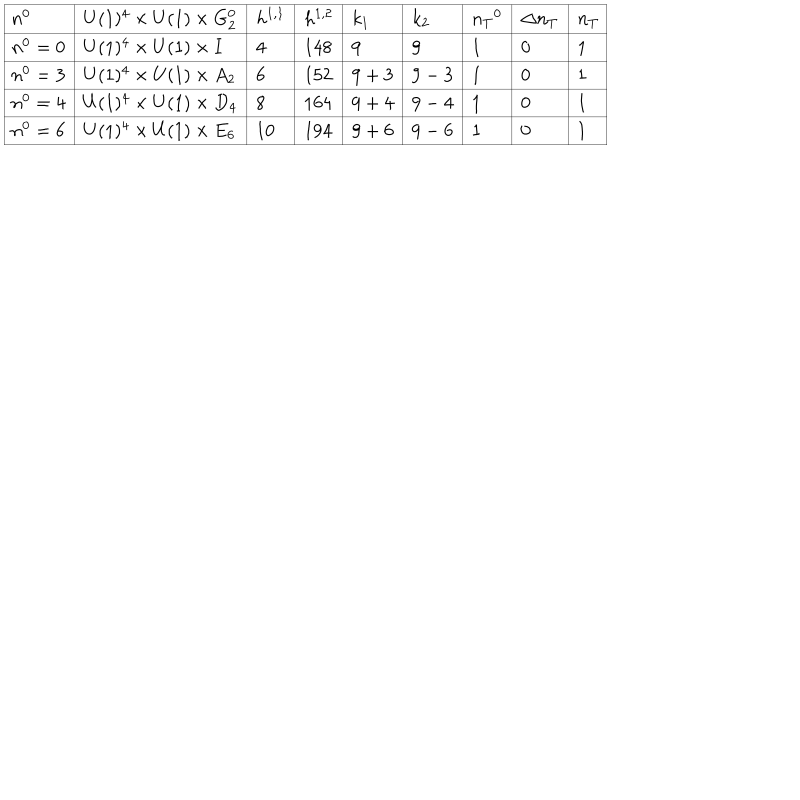
\begin{array} { | l | l | l | l | l | l | l | l | l | } \hline { { n ^ { 0 } } } & { { U ( 1 ) ^ { 4 } \times U ( 1 ) \times G _ { 2 } ^ { 0 } } } & { { h ^ { 1 , 1 } } } & { { h ^ { 1 , 2 } } } & { { k _ { 1 } } } & { { k _ { 2 } } } & { { { n _ { T } } ^ { 0 } } } & { { \Delta n _ { T } } } & { { n _ { T } } } \\ \hline { { n ^ { 0 } = 0 } } & { { U ( 1 ) ^ { 4 } \times U ( 1 ) \times I } } & { { 4 } } & { { 1 4 8 } } & { { 9 } } & { { 9 } } & { { 1 } } & { { 0 } } & { { 1 } } \\ \hline { { n ^ { 0 } = 3 } } & { { U ( 1 ) ^ { 4 } \times U ( 1 ) \times A _ { 2 } } } & { { 6 } } & { { 1 5 2 } } & { { 9 + 3 } } & { { 9 - 3 } } & { { 1 } } & { { 0 } } & { { 1 } } \\ \hline { { n ^ { 0 } = 4 } } & { { U ( 1 ) ^ { 4 } \times U ( 1 ) \times D _ { 4 } } } & { { 8 } } & { { 1 6 4 } } & { { 9 + 4 } } & { { 9 - 4 } } & { { 1 } } & { { 0 } } & { { 1 } } \\ \hline { { n ^ { 0 } = 6 } } & { { U ( 1 ) ^ { 4 } \times U ( 1 ) \times E _ { 6 } } } & { { 1 0 } } & { { 1 9 4 } } & { { 9 + 6 } } & { { 9 - 6 } } & { { 1 } } & { { 0 } } & { { 1 } } \\ \hline { { } } \\ \end{array}